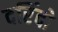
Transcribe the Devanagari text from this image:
दरिंदो